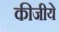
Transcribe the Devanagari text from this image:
कीजीये